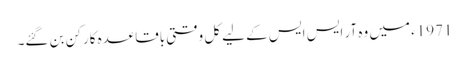
1971ء میں وہ آر ایس ایس کے لیے کل وقتی باقاعدہ کارکن بن گئے۔